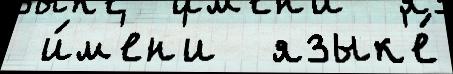
 и́м'ен'и  язык'е́